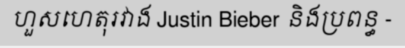
ហួសហេតុរវាង Justin Bieber និងប្រពន្ធ -